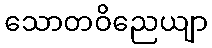
သောတဝိညေယျာ